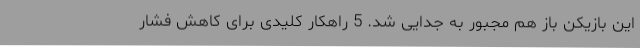
این بازیکن باز هم مجبور به جدایی شد. 5 راهکار کلیدی برای کاهش فشار